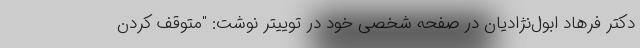
دکتر فرهاد ابول‌نژادیان در صفحه شخصی خود در توییتر نوشت: "متوقف کردن